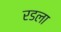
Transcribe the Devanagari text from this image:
रडला